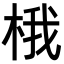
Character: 𪲘